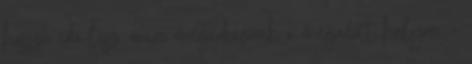
hosszú idő lesz, mire megérkezünk a megadott helyre. –